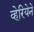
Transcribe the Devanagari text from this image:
व्हेरियेने